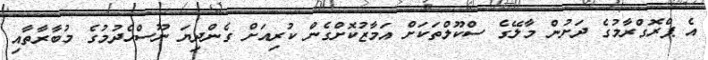
އެ ޕްރޮގްރާމުގެ ދަށުން މާލޭގެ ސްކޫލްތަކަށް އަމާޒުކޮށްގެން ކުރިއަށް ގެންދިޔަ ނޫސްހެދުމުގެ މުބާރާތާއި